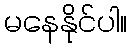
မနေနိုင်ပါ။